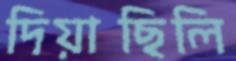
দিয়াছিলি